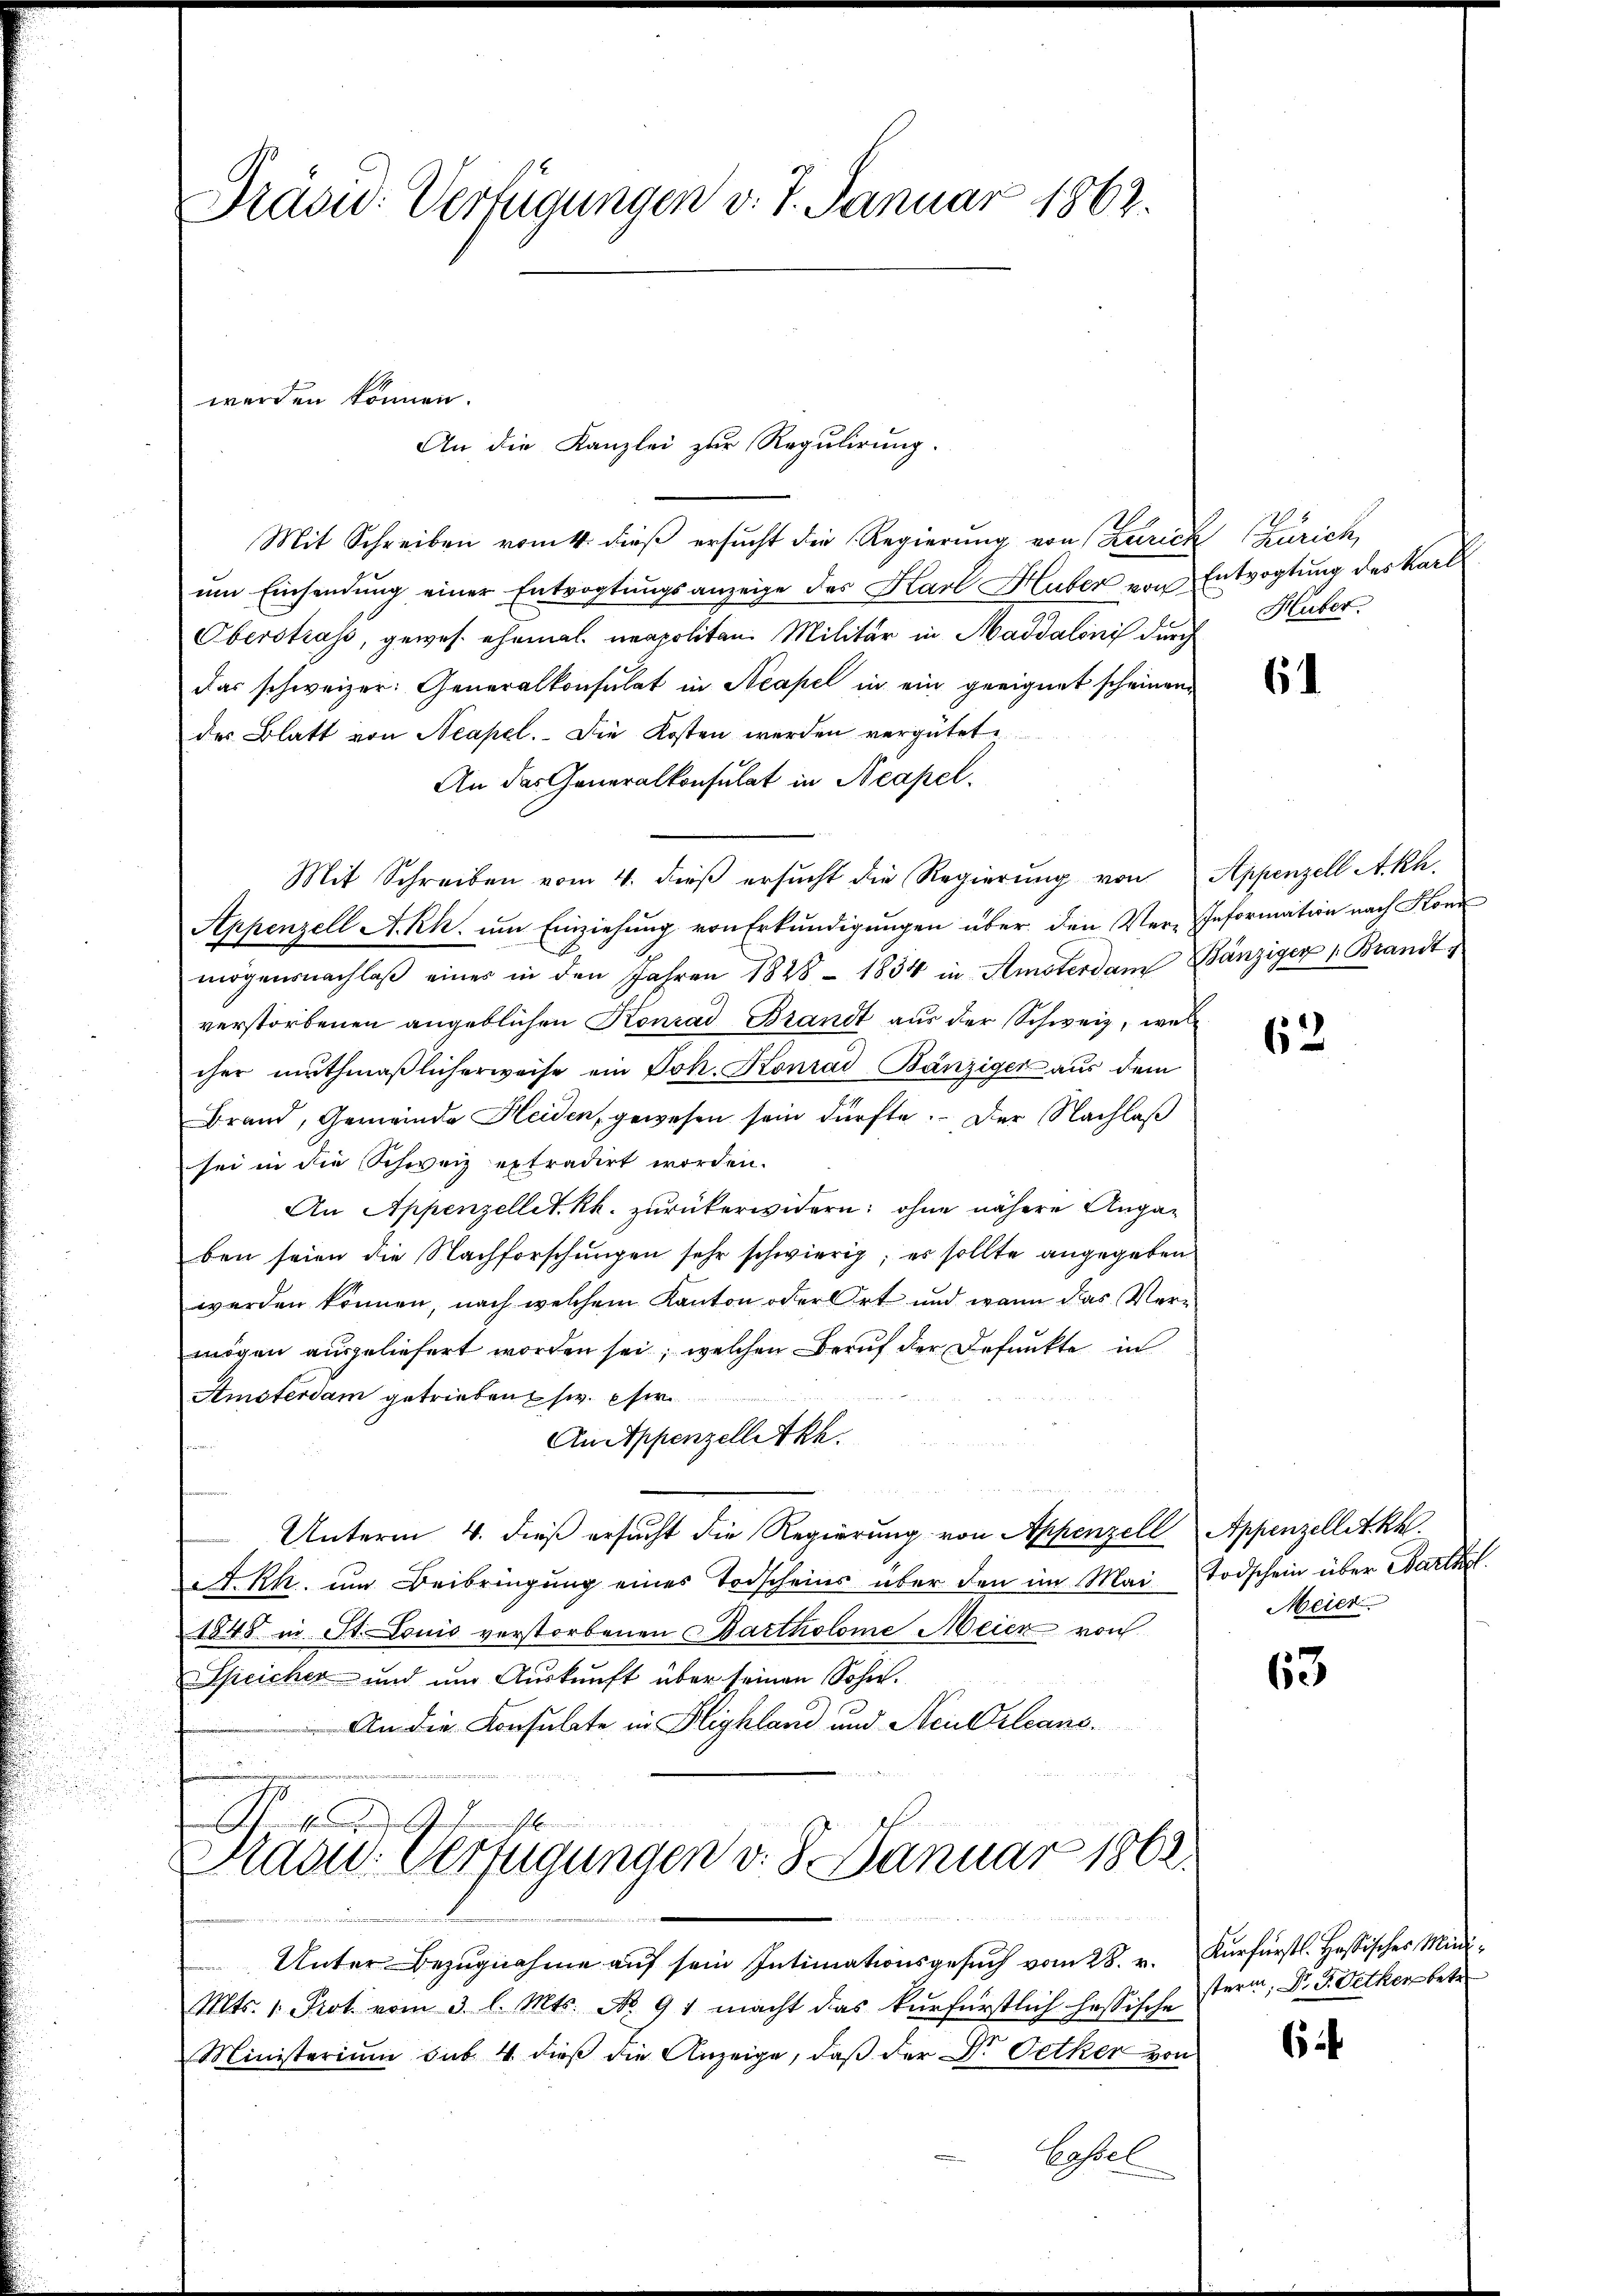
Präsid. Verfügungen v. 7. Januar 1862.

werden können.

An die Kanzlei zur Regulirung.
Mit Schreiben vom 4. dieß ersucht die Regierung von Zürich
ŭm Einsendung einer Entroptŭngsanzeige des Karl Huber von Entvogtung des Karl
Oberstrass, gewes ehemal neapoliten Militär in Maddalonis durch
das schweizer: Generalkonsulat in Neapel in ein geeignet scheinen
des Blatt von Neapel. Die Kosten werden vergütet
An das Generalkonsulat in Neapel.
Mit Schreiben vom 4. dieβ ersŭcht die Regierŭng von Appenzell Akh.
Appenzell A.Rh. um Einziehung von Erkundigungen über den Ver-Information nach Konz
mögensnachlaβ eines in den Jahren 1828 - 1834 in Amsterdam Bänziger 1. Brandtverstorbenen angeblichen Konrad Brandt aus der Schweiz, wel
cher muthmaßlicherweise ein Joh. Konrad Bänziger aus dem
Brand, Gemeinde Heiden, gewesen sein dürfte. Der Nachlaß
sei in die Schweiz extradirt worden.
An Appenzellet. Rh. zurückerwidern; ohne nähere Angaben seien die Nachforschungen sehr schwierig; es sollte angegeben
werden können, nach welchem Kanton oder Ort und wenn das Vermögen ausgeliefert worden sei, welchen Beruf der Befunkte in
Amsterdam getrieben sie. Es
An Appenzelletth.
8 Be
Unterm 4. dieß ersucht die Regierung von Appenzell Appenzellet kk.
A.Rh. um Beibringung eines Todscheins über den im Mai Todschein über Wartet.
1848 in St. Louis verstorbenen Bartholome Meier von
Speicher und um Auskunft über seinen Sohn.
An die Konsulate in Blighland und Neirleansde   un
u
n
Sie
Pradu. Verfügungen v. 8. Januar 1862.

Unter Bezugnahme auf sein Intimationsgesŭch vom 28. v. Kurfürstl. Hassisches Mini¬
Mts. 1. Prot vom 3. l. Mts. No. 91 macht das kurfürstlich hessische
Ministerium sub. 4. dieß die Anzeige, daß der Dr. Oetker von
Basel

Zürich,
Huber.

61

62

63

6

Meier

stern, Dr. J. Oetker betr